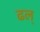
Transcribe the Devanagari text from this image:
ढल्